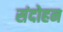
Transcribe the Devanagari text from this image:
संदोहन